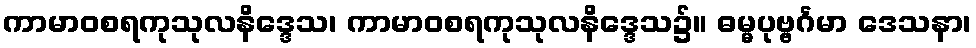
ကာမာဝစရကုသုလနိဒ္ဒေသ၊ ကာမာဝစရကုသုလနိဒ္ဒေသ၌။ ဓမ္မပုဗ္ဗင်္ဂမာ ဒေသနာ၊